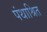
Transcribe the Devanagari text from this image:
पंथाश्रित